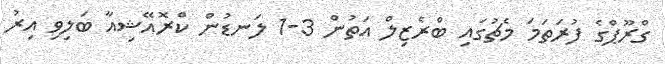
ގްރޫޕްގެ ފުރަތަމަ މެޗުގައި ބްރެޒިލް އަތުން 3-1 ލަނޑުން ކްރޮއޭޝިއާ ބަލިވި އިރު